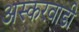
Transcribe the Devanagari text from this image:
अस्करवाडी